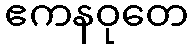
ဧကနဝုတေ